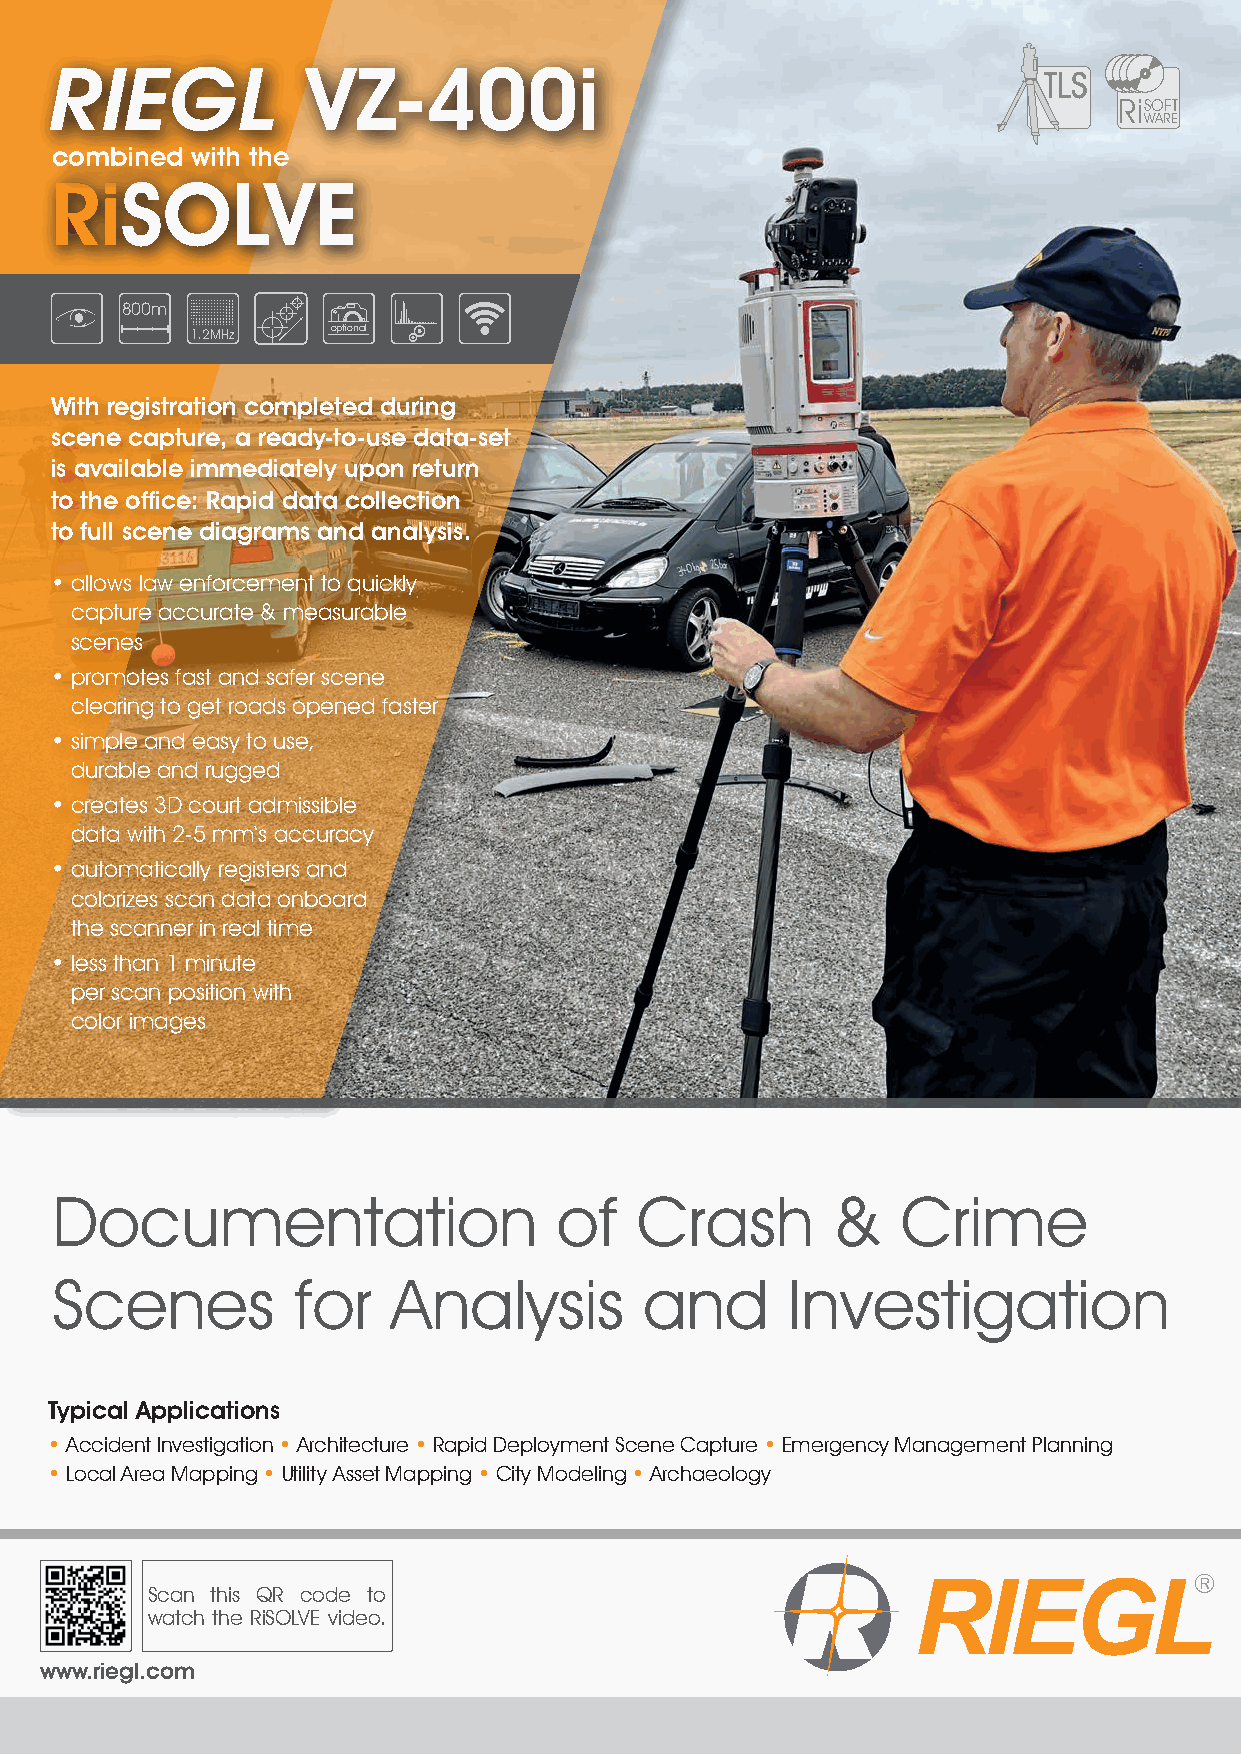
RIEGL            VZ-400i
 RiSOFT
 WARE
 combined  with the
 RiSOLVE
 800m
 1.2MHz   optional
 With registration completed during
 scene capture, a ready-to-use data-set
 is available immediately upon return
 to the office: Rapid data collection
 to full scene diagrams and analysis.
 • allows law enforcement to quickly
 capture accurate & measurable
 scenes
 • promotes fast and safer scene
 clearing to get roads opened faster
 • simple and easy to use,
 durable and rugged
 • creates 3D court admissible
 data with 2-5 mm‘s accuracy
 • automatically registers and
 colorizes scan data onboard
 the scanner in real time
 • less than 1 minute
 per scan position with
 color images
 Documentation                     of   Crash        &    Crime
 Scenes          for    Analysis         and      Investigation
 Typical Applications
 • Accident Investigation • Architecture • Rapid Deployment Scene Capture • Emergency Management Planning
 • Local Area Mapping • Utility Asset Mapping • City Modeling • Archaeology
 Scan this QR code to
 watch the RiSOLVE video.
 www.riegl.com